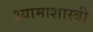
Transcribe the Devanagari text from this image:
श्यामाशास्त्री